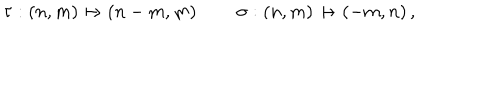
\tau : ( n , m ) \mapsto ( n - m , m ) \, \qquad \sigma : ( n , m ) \mapsto ( - m , n ) \, ,